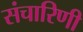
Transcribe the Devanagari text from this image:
संचारिणी